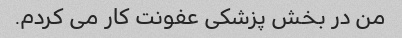
من در بخش پزشکی عفونت کار می کردم.